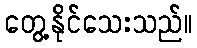
တွေ့နိုင်သေးသည်။